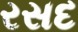
રસદ